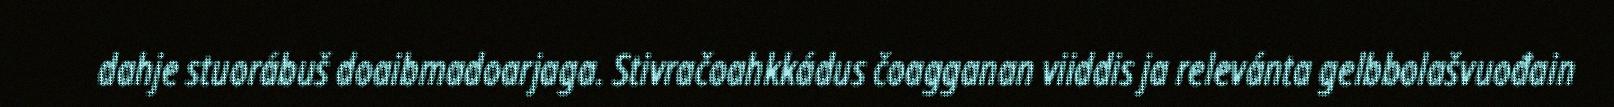
dahje stuorábuš doaibmadoarjaga. Stivračoahkkádus čoagganan viiddis ja relevánta gelbbolašvuođain